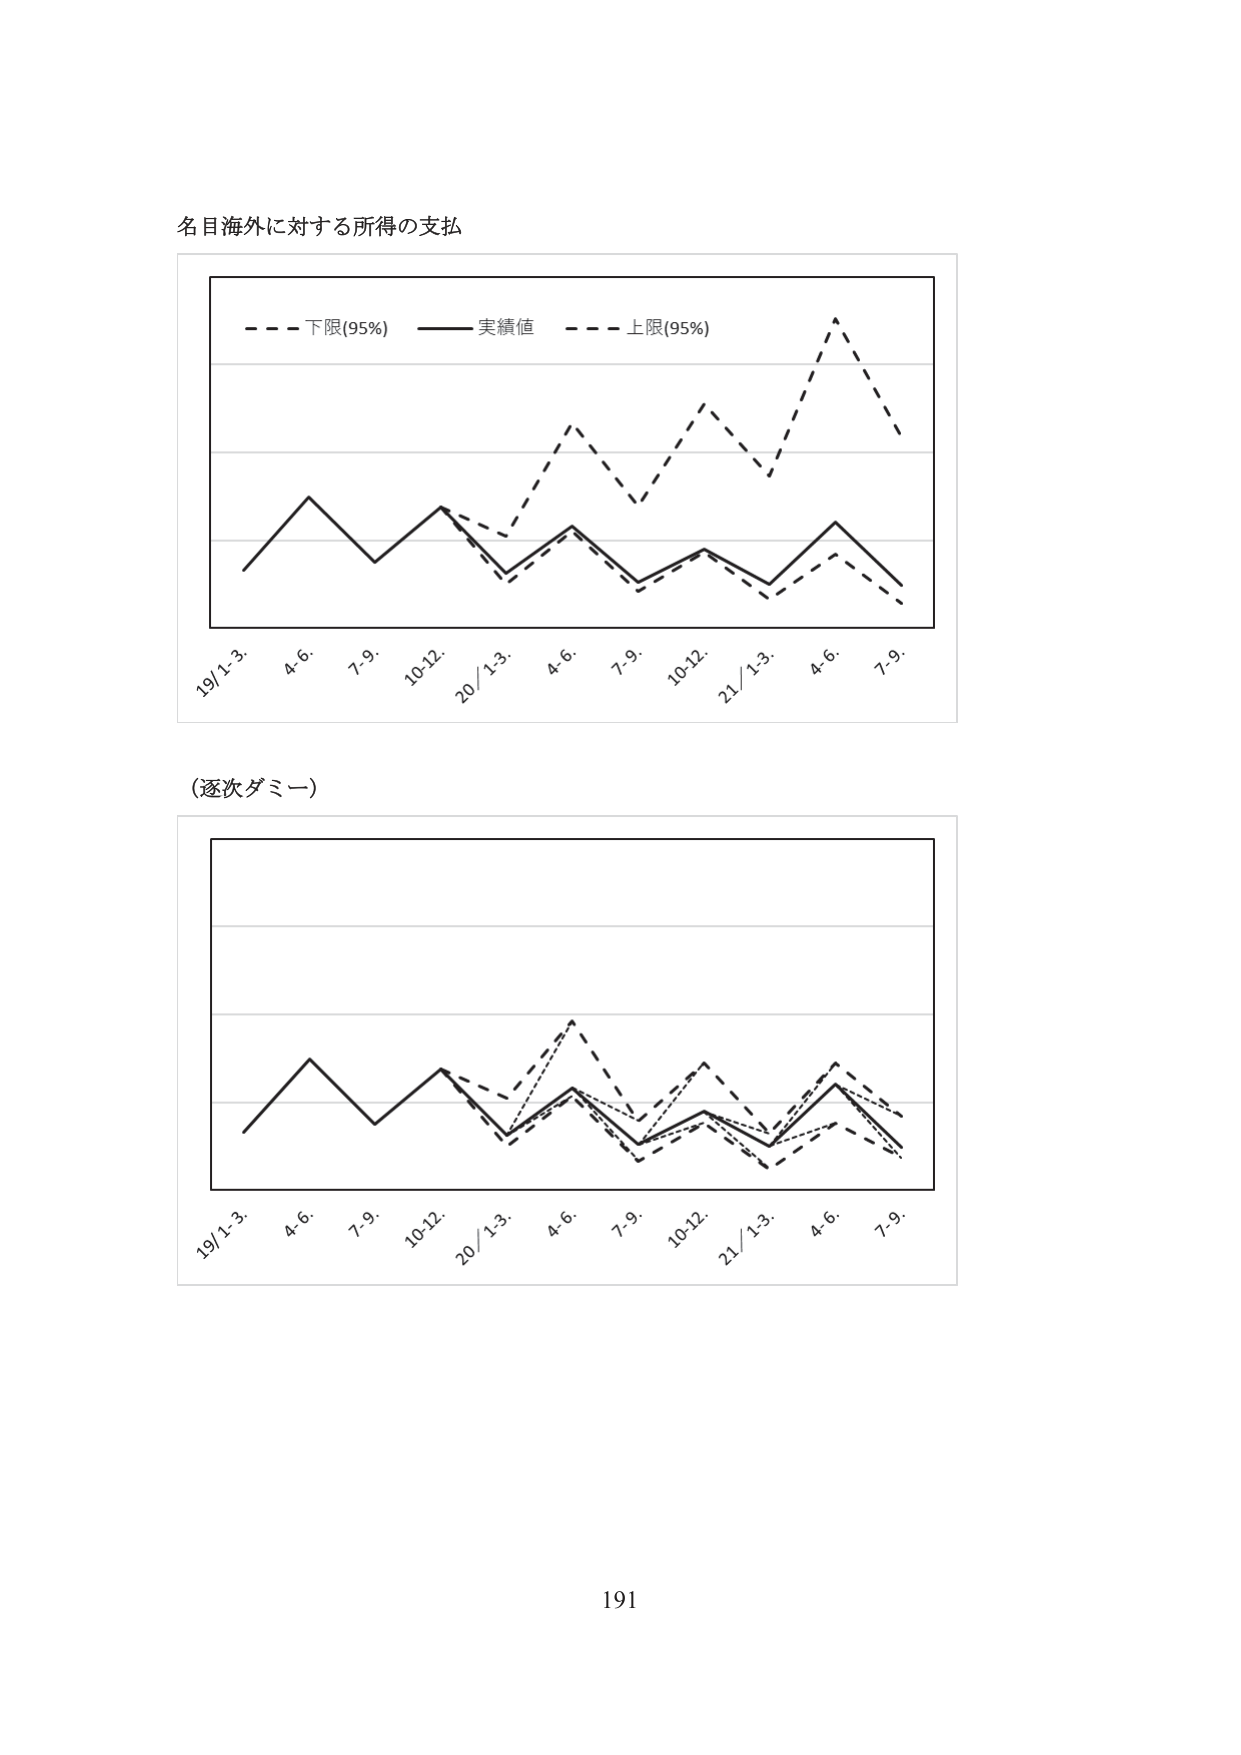
名目海外に対する所得の支払

- - - 下限(95%) —— 実績値 - - - 上限(95%)

19/1-3. 4.6. 7.9. 10-12. 20/1-3. 4.6. 7.9. 10-12. 21/1-3. 4.6. 7.9.

(逐次ダミー)

19/1-3. 4.6. 7.9. 10-12. 20/1-3. 4.6. 7.9. 10-12. 21/1-3. 4.6. 7.9.

191